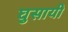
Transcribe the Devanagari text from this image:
घुसायी